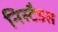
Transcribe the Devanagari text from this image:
निस्टैडस